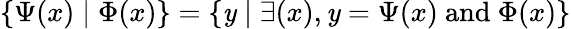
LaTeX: \{ \Psi(x)\mid\Phi(x)\} =\{ \mathit{y}\mid\exists(x),\mathit{y}=\Psi(x){\mathrm{{~and~}}}\Phi(x)\}